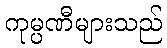
ကုမ္ပဏီများသည်